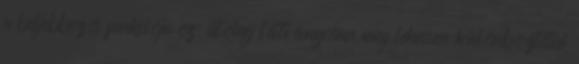
a beljebbezés funkciója ez: utólag látványosan meg lehessen különböztetni